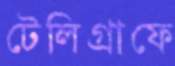
টেলিগ্রাফে